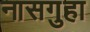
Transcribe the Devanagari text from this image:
नासगुहा